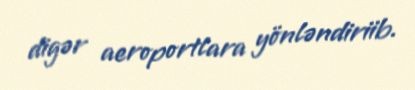
digər aeroportlara yönləndiriib.